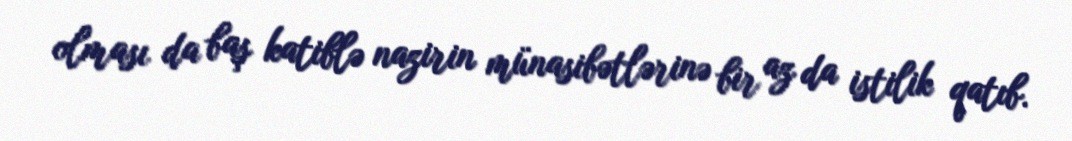
olması da baş katiblə nazirin münasibətlərinə bir az da istilik qatıb.